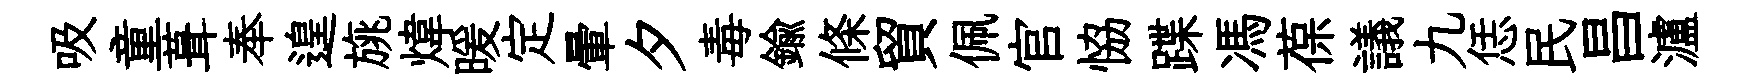
吸童葺奉遑旐煒暖定暈夕毒鍮條貿佩官恊蹀馮葆議九恁民昌瀘